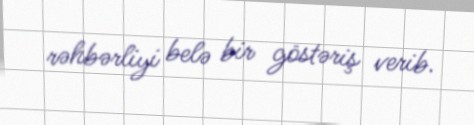
rəhbərliyi belə bir göstəriş verib.